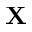
\mathbf { X }